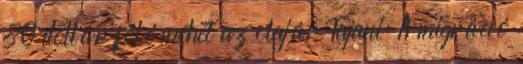
80 dollár fölé mehet az olajár Tajani: A migráció